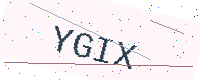
Text: YGIX